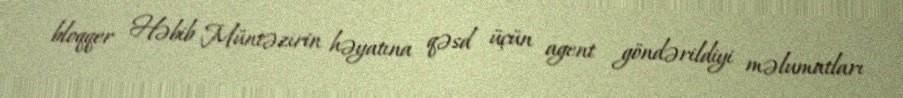
bloqqer Həbib Müntəzirin həyatına qəsd üçün agent göndərildiyi məlumatları